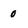
Character: 0